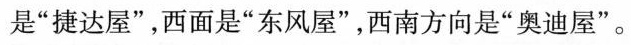
是”捷达屋”，西面是”东风屋”，西南方向是”奥迪屋”。